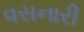
વસનારી